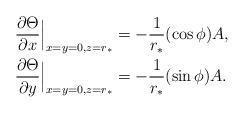
LaTeX: \begin{align*}\frac{\partial\Theta}{\partial x}\Big|_{x=y=0,z=r_*}&=-\frac{1}{r_*}(\cos\phi) A, \\\frac{\partial\Theta}{\partial y}\Big|_{x=y=0,z=r_*}&=-\frac{1}{r_*}(\sin\phi)A.\end{align*}